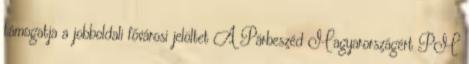
támogatja a jobboldali fővárosi jelöltet A Párbeszéd Magyarországért PM